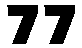
77